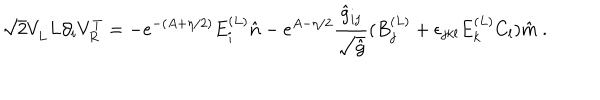
LaTeX: \sqrt { 2 } V _ { L } ^ { \vphantom { T } } L \partial _ { i } V _ { R } ^ { T } = - e ^ { - ( A + \eta / 2 ) } E _ { i } ^ { ( L ) } \hat { n } - e ^ { A - \eta / 2 } { \frac { \hat { g } _ { i j } } { \sqrt { \hat { g } } } } ( B _ { j } ^ { ( L ) } + \epsilon _ { j k l } E _ { k } ^ { ( L ) } C _ { l } ) \hat { m } \ .